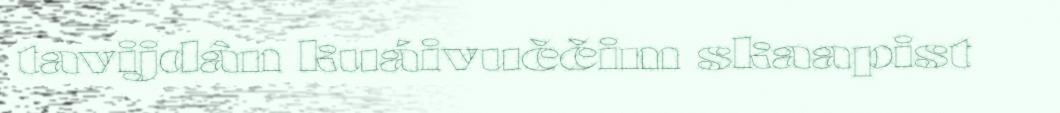
tavijdân kuáivuččim skaapist